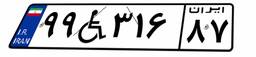
۳۶W۷۱۹۰۶